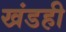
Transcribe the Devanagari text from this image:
खंडही